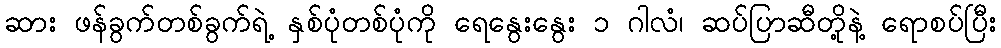
ဆား ဖန်ခွက်တစ်ခွက်ရဲ့ နှစ်ပုံတစ်ပုံကို ရေနွေးနွေး ၁ ဂါလံ၊ ဆပ်ပြာဆီတို့နဲ့ ရောစပ်ပြီး